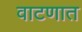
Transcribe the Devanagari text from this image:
वाटणात